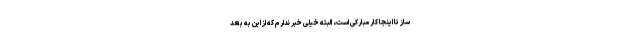
ساز تا اینجا کار مبارکی است، البته خیلی خبر ندارم که از این به بعد